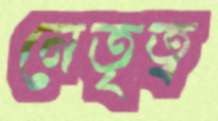
নেতৃত্ব